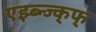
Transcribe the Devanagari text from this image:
एझ्ब्न्ज्क्फ्